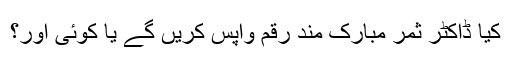
کیا ڈاکٹر ثمر مبارک مند رقم واپس کریں گے یا کوئی اور؟